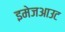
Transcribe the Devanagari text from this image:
इमेजआउट